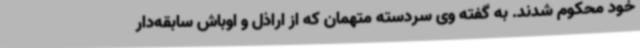
خود محکوم شدند. به گفته وی سردسته متهمان که از اراذل و اوباش سابقه‌دار